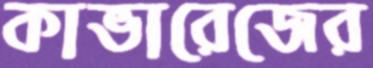
কাভারেজের